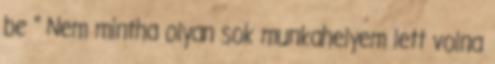
be " Nem mintha olyan sok munkahelyem lett volna